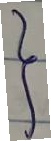
}